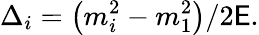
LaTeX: \Delta_{i}=\left(m_{i}^{2}-m_{1}^{2}\right)/2\mathsf{E}.